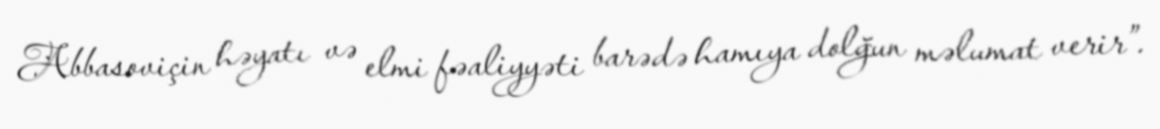
Abbasoviçin həyatı və elmi fəaliyyəti barədə hamıya dolğun məlumat verir”.